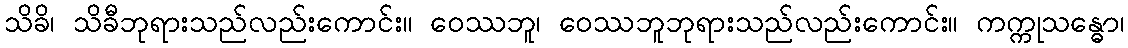
သိခိ၊ သိခီဘုရားသည်လည်းကောင်း။ ဝေဿဘူ၊ ဝေဿဘူဘုရားသည်လည်းကောင်း။ ကက္ကုသန္ဓော၊